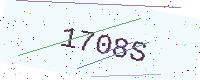
Text: 1708S